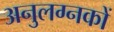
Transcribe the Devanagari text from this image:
अनुलग्नकों